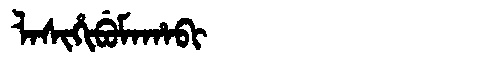
Manchu: ᠯᠠᠰᡳᡥᡳᠪᡠᠮᠠᡥᠠᠪᡳ
Romanization: LASIHIBUMAHABI